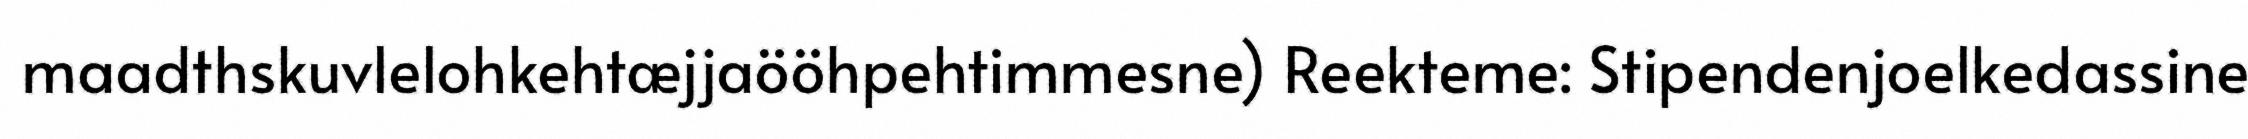
maadthskuvlelohkehtæjjaööhpehtimmesne) Reekteme: Stipendenjoelkedassine